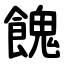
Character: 餽